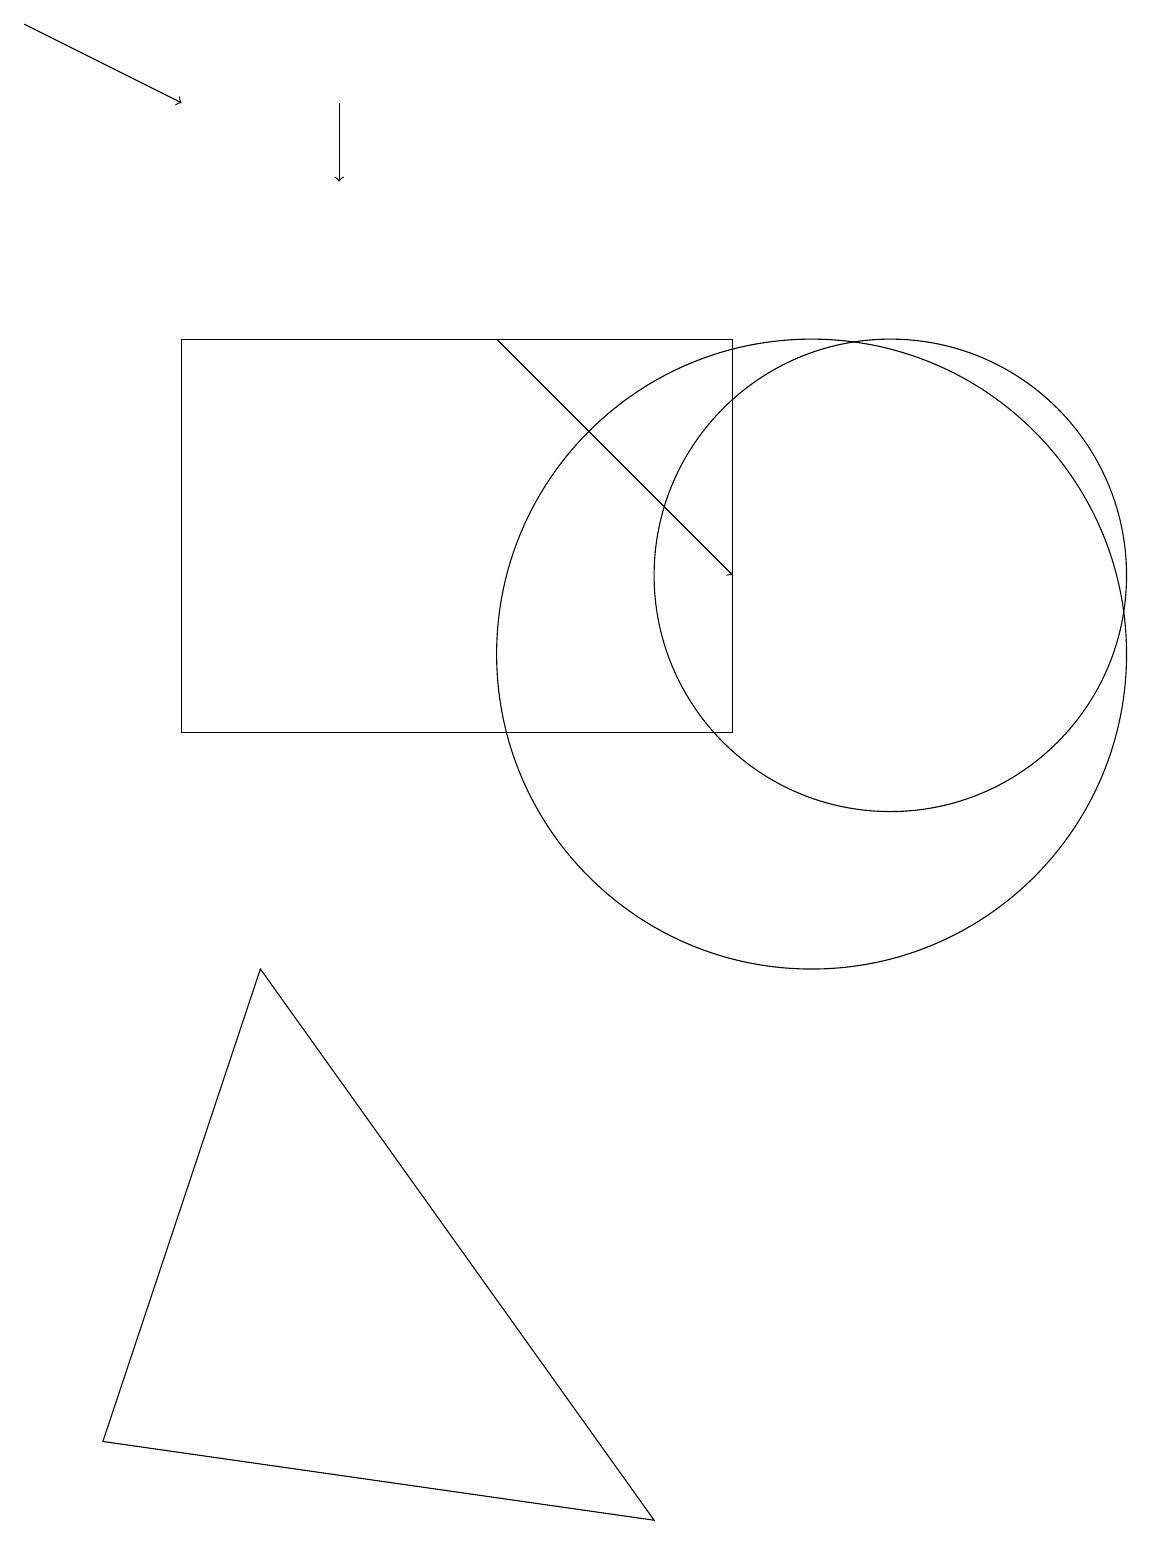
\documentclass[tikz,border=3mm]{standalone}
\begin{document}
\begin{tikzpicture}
\draw (3,7) -- (8,0) -- (1,1) -- cycle;
\draw[->] (6,15) -- (9,12);
\draw[->] (0,19) -- (2,18);
\draw (9,15) rectangle (2,10);
\draw (10,11) circle (4);
\draw[->] (4,18) -- (4,17);
\draw (11,12) circle (3);
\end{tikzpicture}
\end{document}